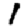
Digit: 1